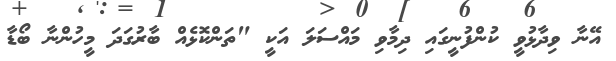
އޭނާ ވިދާޅުވީ ކުންފުނީގައި ދިމާވި މައްސަލަ އަކީ "ތަންކޮޅެއް ބާރުގަދަ މީހުންނާ ބޯޑާ